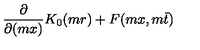
\frac { \partial } { \partial ( m x ) } K _ { 0 } ( m r ) + F ( m x , m \bar { t } )